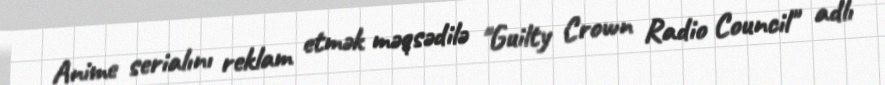
Anime serialını reklam etmək məqsədilə "Guilty Crown Radio Council" adlı